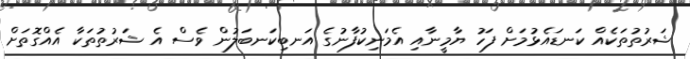
ޝަރުތުތަކެއް ކަނޑައެޅުމަށް ފަހު ޔާމީނާއި އެމަނިކުފާނުގެ އަނބިކަނބަލުން ވެސް އެ ޝަރުތުތަކާ އެއްގޮތަށް